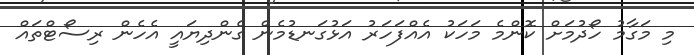
މި މަގާމު ހޯދުމަށް ކޮންމެ މަހަކު އެއްފަހަރު އަޅުގަނޑުމެން ގެންދިޔައީ އެހެން ރިސޯޓްތައް